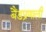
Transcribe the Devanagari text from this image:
बैंडप्रणाली